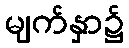
မျက်နှာ၌